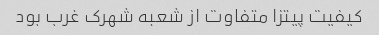
کیفیت پیتزا متفاوت از شعبه شهرک غرب بود